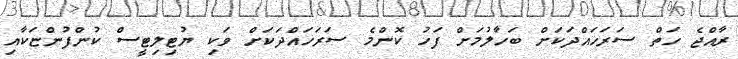
ރާއްޖެ ހަތް ސަރަހައްދަކަށް ބަހާލުމަށް ފަހު ކޮންމެ ސަރަހައްދަކަށް ވަކި ޔުޓިލިޓީސް ކުންފުންޏަކާއި